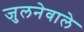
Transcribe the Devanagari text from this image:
जुलनेवाले